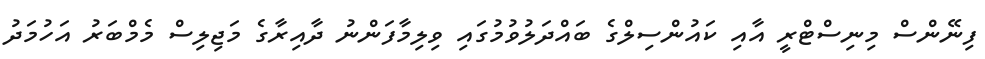
ފިނޭންސް މިނިސްޓްރީ އާއި ކައުންސިލްގެ ބައްދަލުވުމުގައި ވިލިމާފަންނު ދާއިރާގެ މަޖިލިސް މެމްބަރު އަހުމަދު